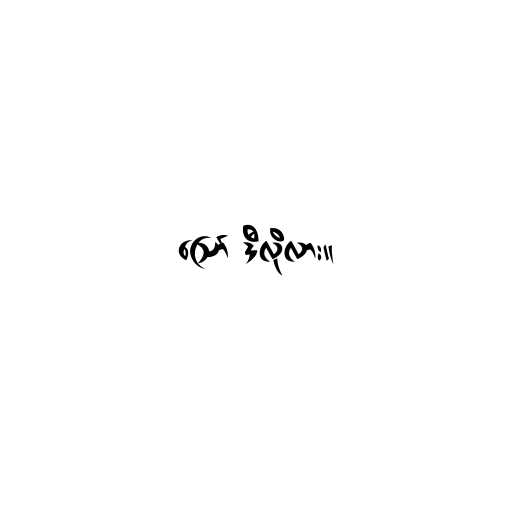
ဪ ဒီလိုလား။